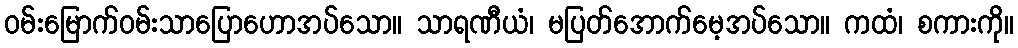
ဝမ်းမြောက်ဝမ်းသာပြောဟောအပ်သော။ သာရဏီယံ၊ မပြတ်အောက်မေ့အပ်သော။ ကထံ၊ စကားကို။